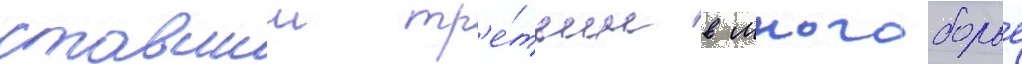
ставшии тр'е́тьим в многоборье